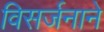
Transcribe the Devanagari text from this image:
विसर्जनाने